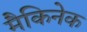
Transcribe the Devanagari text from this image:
मैकिनेक